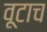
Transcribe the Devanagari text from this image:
वूटाच